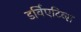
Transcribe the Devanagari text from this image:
डर्विएटिव्स